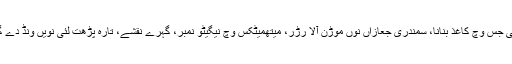
ہان سلطنت وچ سائنس تے ٹیکنالوجی نیں بتیری ترقی کیتی جس وچ کاغذ بنانا، سمندری جعازاں نوں موڑن آلا رڑر، میتھمیٹکس وچ نیگیٹو نمبر، گہرے نقشے، تارہ پڑھت لئی نویں ونڈ دے گلوب تے اک پینڈولم جیدے نال بھونچال ناپے جاندے سن۔